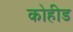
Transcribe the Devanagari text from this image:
कोहीड